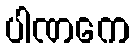
ပါဏကေ